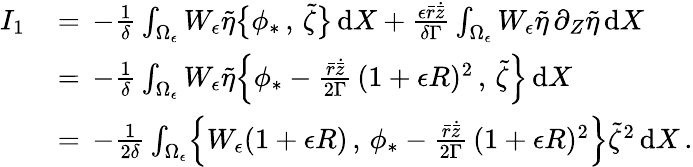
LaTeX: \begin{array}{rl}{I_{1}\, }&{=\, -\frac{1}{\delta}\int_{\Omega_{\epsilon}}W_{\epsilon}\tilde{\eta}\bigl\{ \phi_{*}\, ,\, \tilde{\zeta}\bigr\} \, \mathrm{d}X+\frac{\epsilon\bar{r}\dot{\bar{z}}}{\delta\Gamma}\int_{\Omega_{\epsilon}}W_{\epsilon}\tilde{\eta}\, \partial_{Z}\tilde{\eta}\, \mathrm{d}X}\\ {\, }&{=\, -\frac{1}{\delta}\int_{\Omega_{\epsilon}}W_{\epsilon}\tilde{\eta}\Bigl\{ \phi_{*}-\frac{\bar{r}\dot{\bar{z}}}{2\Gamma}\, (1+\epsilon R)^{2}\, ,\, \tilde{\zeta}\Bigr\} \, \mathrm{d}X}\\ {\, }&{=\, -\frac{1}{2\delta}\int_{\Omega_{\epsilon}}\Bigl\{ W_{\epsilon}(1+\epsilon R)\, ,\, \phi_{*}-\frac{\bar{r}\dot{\bar{z}}}{2\Gamma}\, (1+\epsilon R)^{2}\Bigr\} \tilde{\zeta}^{2}\, \mathrm{d}X\, .}\end{array}